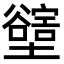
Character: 𡓛